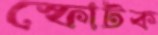
স্ফোটক